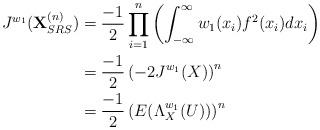
LaTeX: \begin{align*}J^{w_1}(\textbf{X}_{SRS}^{(n)})&=\frac{-1}{2}\prod_{i=1}^{n}\left(\int_{-\infty}^{\infty}w_1(x_i)f^2(x_i)dx_i\right) \\&=\frac{-1}{2}\left(-2J^{w_1}(X)\right)^n \\&=\frac{-1}{2}\left(E(\Lambda_X^{w_1}(U))\right)^n\end{align*}